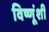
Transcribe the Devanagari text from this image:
विष्णूंशी